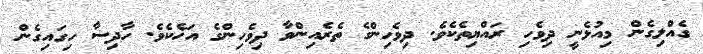
ގެއްލިގެން މިއުޅެނީ ދިވެހި ރައްޔިތެކެވެ. ދިވެހިންގެ ތެރެއިންވާ ދިވެހިންގެ އަޚެކެވެ. ހާދިސާ ހިގައިގެން